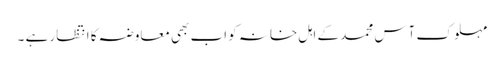
مہلوک آس محمد کے اہل خانہ کو اب بھی معاوضہ کا انتظار ہے ۔